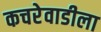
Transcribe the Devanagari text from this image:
कचरेवाडीला